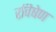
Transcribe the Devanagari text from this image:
रविषेण